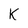
Character: K